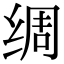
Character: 绸